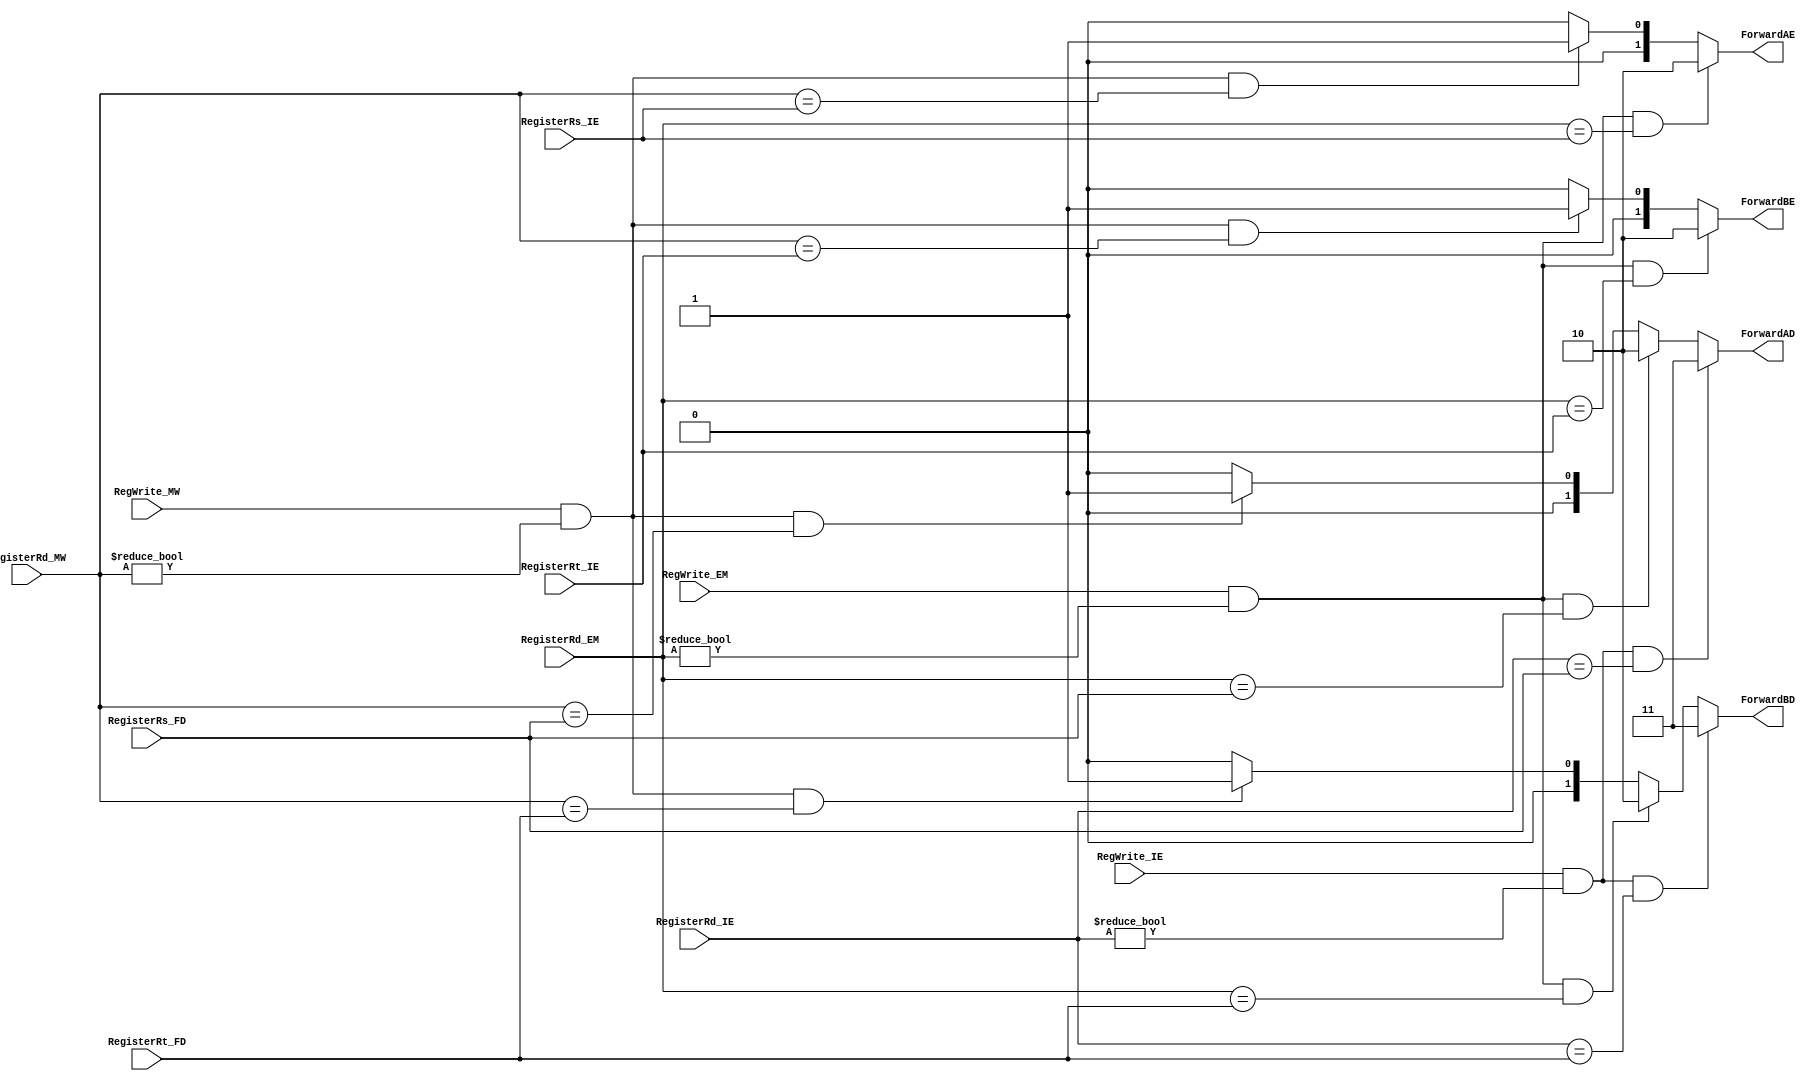
module forward (
	input		 RegWrite_IE, //RegWriteE
	input  		 RegWrite_EM, //RegWriteM
	input  		 RegWrite_MW, //RegWriteW
	input  [4:0] RegisterRd_IE, //WriteRegE
	input  [4:0] RegisterRd_EM, //WriteRegM
	input  [4:0] RegisterRd_MW, //WriteRegW
	input  [4:0] RegisterRs_FD, //RsD
	input  [4:0] RegisterRt_FD, //RtD
	input  [4:0] RegisterRs_IE, //RsE
	input  [4:0] RegisterRt_IE, //RtE
	output [1:0] ForwardAD,
	output [1:0] ForwardBD,
	output [1:0] ForwardAE,
	output [1:0] ForwardBE
);

assign ForwardAD = (RegWrite_IE & (RegisterRd_IE != 5'b0) & (RegisterRd_IE == RegisterRs_FD)) ? 2'b11 : 
				   (RegWrite_EM & (RegisterRd_EM != 5'b0) & (RegisterRd_EM == RegisterRs_FD)) ? 2'b10 : 
				   (RegWrite_MW & (RegisterRd_MW != 5'b0) & (RegisterRd_MW == RegisterRs_FD)) ? 2'b01 : 2'b00;
assign ForwardBD = (RegWrite_IE & (RegisterRd_IE != 5'b0) & (RegisterRd_IE == RegisterRt_FD)) ? 2'b11 : 
				   (RegWrite_EM & (RegisterRd_EM != 5'b0) & (RegisterRd_EM == RegisterRt_FD)) ? 2'b10 : 
				   (RegWrite_MW & (RegisterRd_MW != 5'b0) & (RegisterRd_MW == RegisterRt_FD)) ? 2'b01 : 2'b00;
assign ForwardAE = (RegWrite_EM & (RegisterRd_EM != 5'b0) & (RegisterRd_EM == RegisterRs_IE)) ? 2'b10 : 
				   (RegWrite_MW & (RegisterRd_MW != 5'b0) & (RegisterRd_MW == RegisterRs_IE)) ? 2'b01 : 2'b00;
assign ForwardBE = (RegWrite_EM & (RegisterRd_EM != 5'b0) & (RegisterRd_EM == RegisterRt_IE)) ? 2'b10 : 
				   (RegWrite_MW & (RegisterRd_MW != 5'b0) & (RegisterRd_MW == RegisterRt_IE)) ? 2'b01 : 2'b00;			   

endmodule